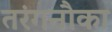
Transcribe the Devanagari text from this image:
तरंगनौका